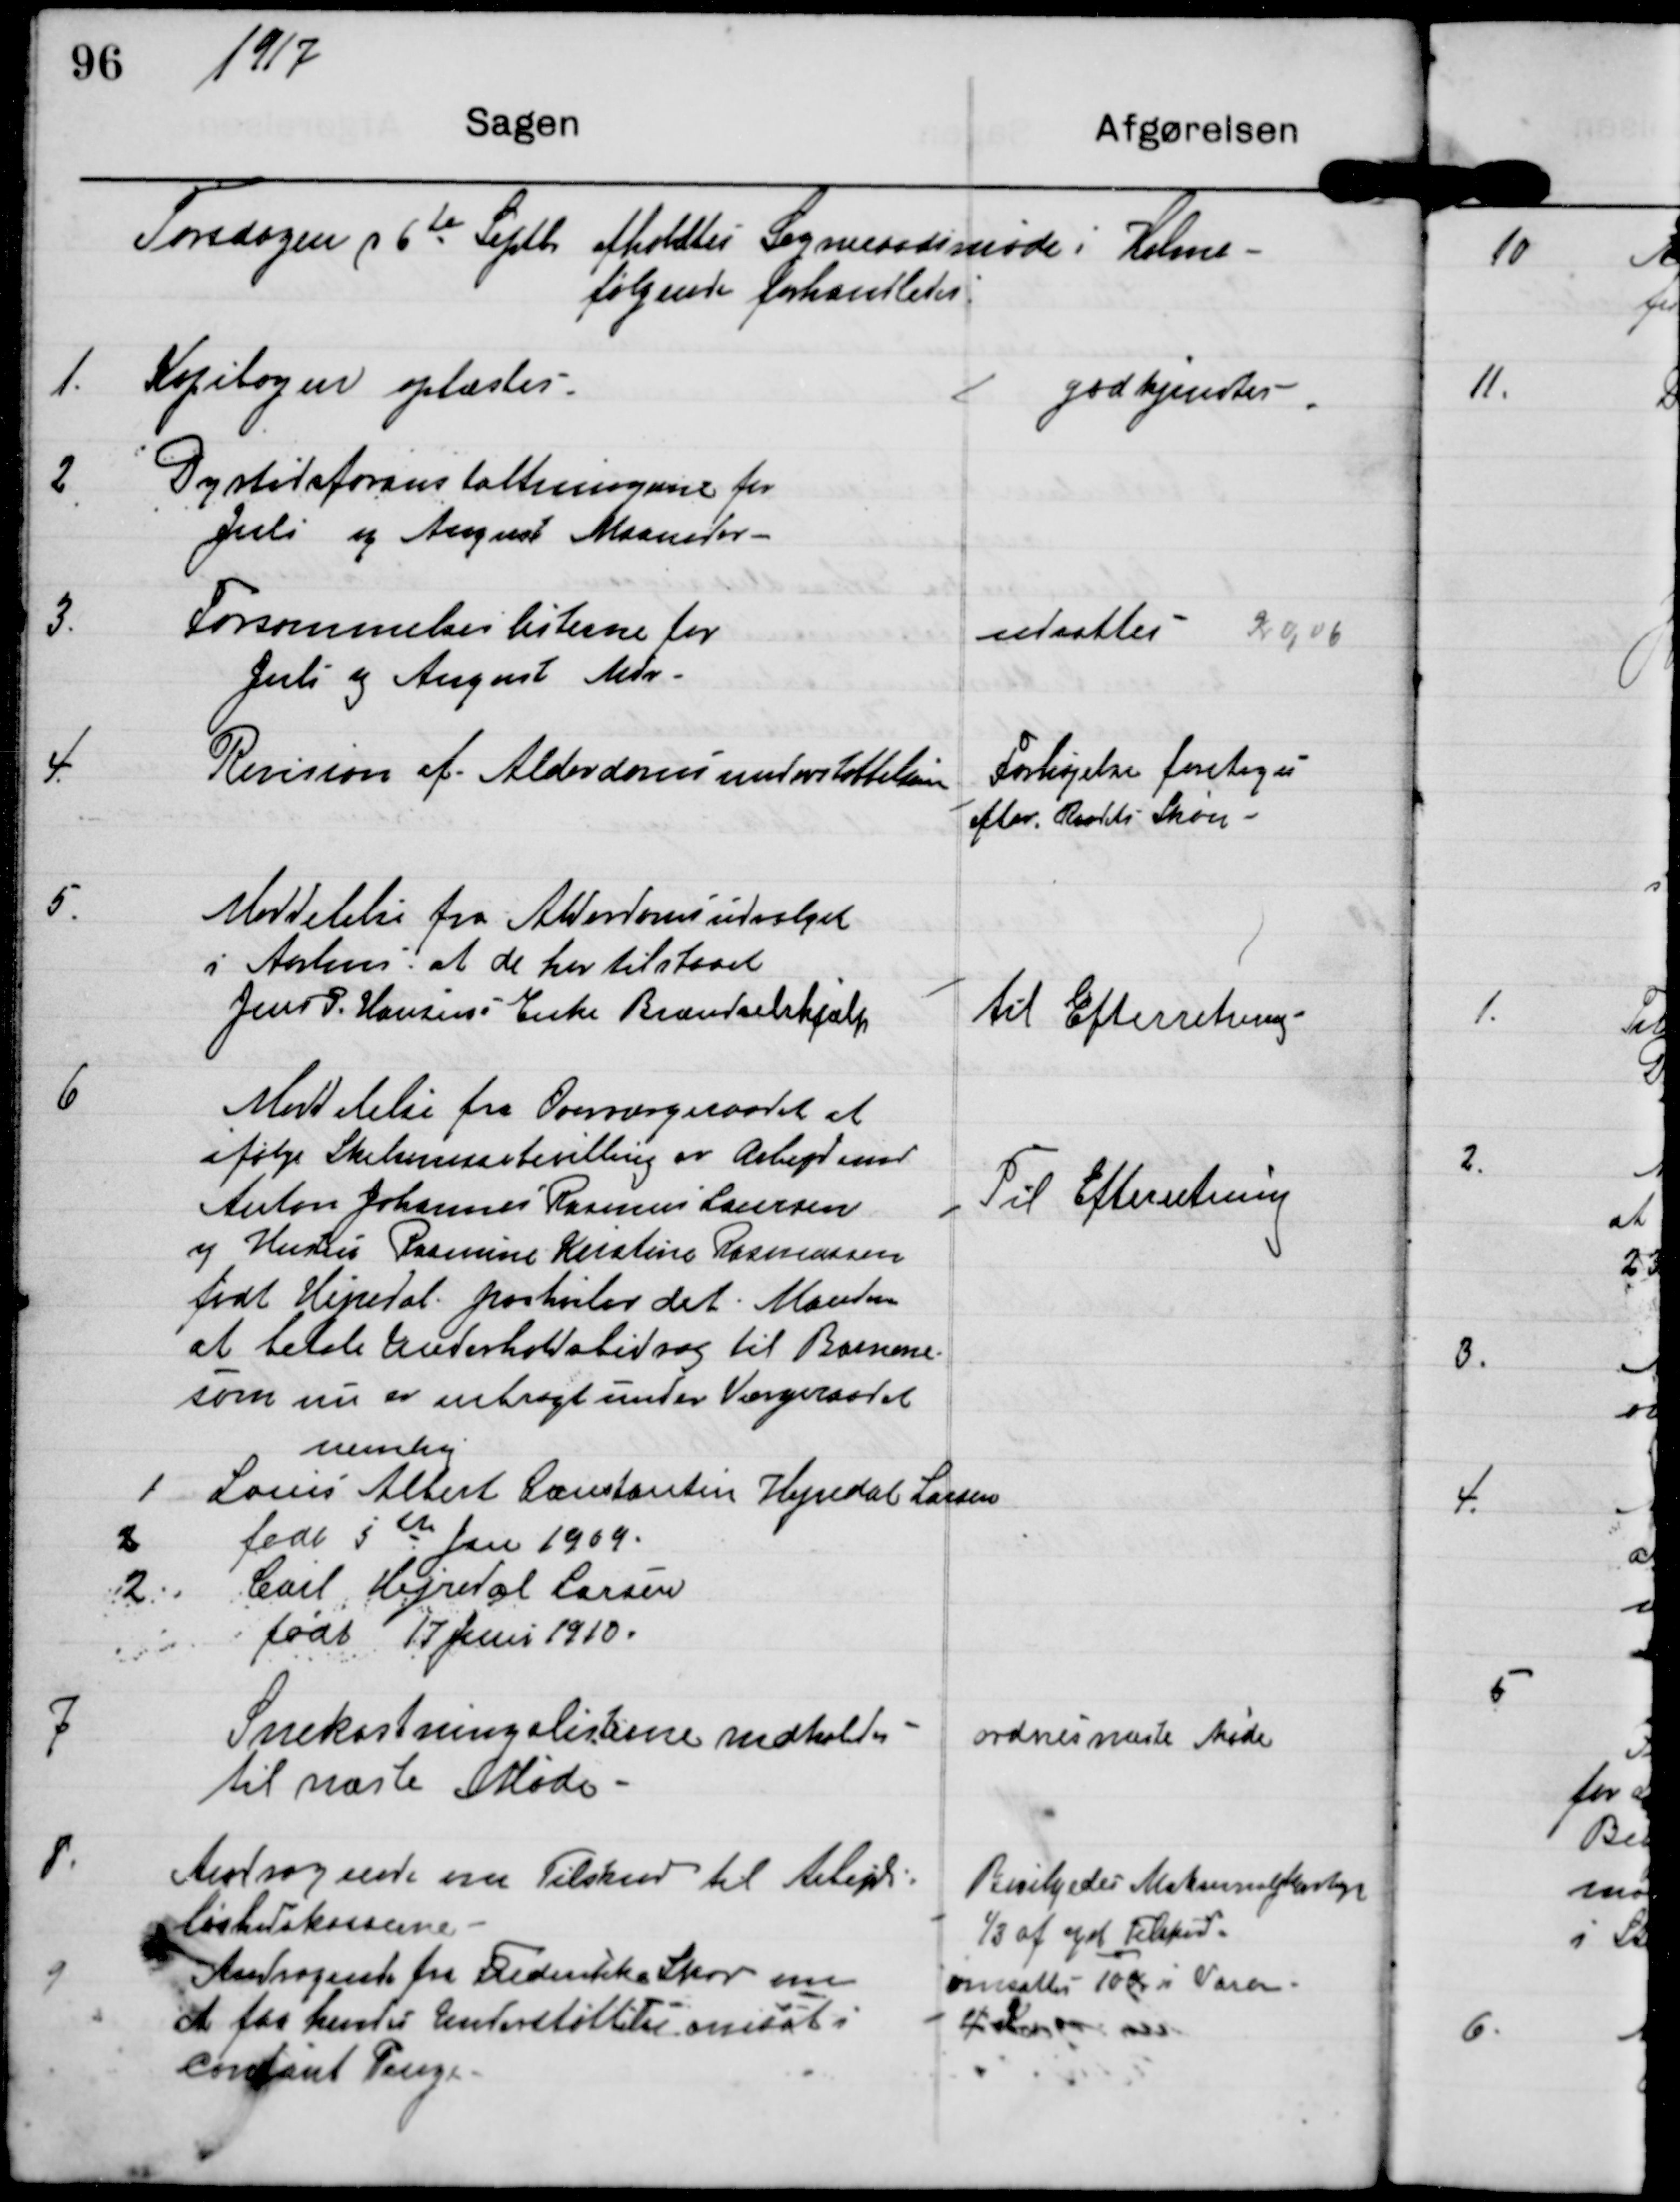
Transskription:
1917

Torsdagen d 6te Septbr afholdtes Sogneraadsmøde i Holme
følgende forhandledes

1.
Kopibogen oplæstes

gpdlkemdtes

2
Dyrtidsforanstaltningerne for
Juli og August Maaneder

3
Forsømmelseslisterne for
Juli og August Mdr

udsattes

4
Revision af Aldersomsunderstøttelsen

Forhøjelse foretages
efter Raadets Skøn

5.
Meddelelse fra Aldersomsudvalget
i Aarhus at de har tilstaaet
Jens P. Hansens Enke Brændselshjælp

til Efterretning

6
Meddelelse fra Overværgeraadet at
ifølge Skilsmissebevilling er Arbejdsmand
Anton Johannes Easmus Laursen
og Hustru Rasmine Kristine Rasmussen
født Hejredal paahviler det Manden
at betale Underholdsbidrag til Børnene
som nu er anbragt under Værgeraadet
nemlig
1 Louis Albert Konstantin Hejredal Larsen
2. født 5te Jan 1909
2 Carl Hejredal Larsen
født 17 Juni 1910

Til Efterretning

7
Snekastningslisterne medholdes
til næste Møde

ordnes næste møde

8.
Andragende om Tilskud til Arbejds-
løshedskasserne
9.
Andragende fra Frederikke Skov om
at faa hendes Understøttelse omsat i
contant Penge

Bevilgedes Maksimal?
1/3 af og Tilskud
omsattes 10 Kr i Varer
?